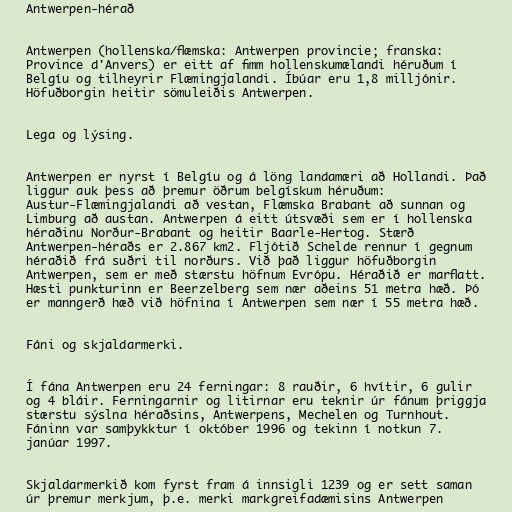
Antwerpen-hérað

Antwerpen (hollenska/flæmska: Antwerpen provincie; franska:
Province d'Anvers) er eitt af fimm hollenskumælandi héruðum í
Belgíu og tilheyrir Flæmingjalandi. Íbúar eru 1,8 milljónir.
Höfuðborgin heitir sömuleiðis Antwerpen.

Lega og lýsing.

Antwerpen er nyrst í Belgíu og á löng landamæri að Hollandi. Það
liggur auk þess að þremur öðrum belgískum héruðum:
Austur-Flæmingjalandi að vestan, Flæmska Brabant að sunnan og
Limburg að austan. Antwerpen á eitt útsvæði sem er í hollenska
héraðinu Norður-Brabant og heitir Baarle-Hertog. Stærð
Antwerpen-héraðs er 2.867 km2. Fljótið Schelde rennur í gegnum
héraðið frá suðri til norðurs. Við það liggur höfuðborgin
Antwerpen, sem er með stærstu höfnum Evrópu. Héraðið er marflatt.
Hæsti punkturinn er Beerzelberg sem nær aðeins 51 metra hæð. Þó
er manngerð hæð við höfnina í Antwerpen sem nær í 55 metra hæð.

Fáni og skjaldarmerki.

Í fána Antwerpen eru 24 ferningar: 8 rauðir, 6 hvítir, 6 gulir
og 4 bláir. Ferningarnir og litirnar eru teknir úr fánum þriggja
stærstu sýslna héraðsins, Antwerpens, Mechelen og Turnhout.
Fáninn var samþykktur í október 1996 og tekinn í notkun 7.
janúar 1997.

Skjaldarmerkið kom fyrst fram á innsigli 1239 og er sett saman
úr þremur merkjum, þ.e. merki markgreifadæmisins Antwerpen